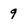
Character: q